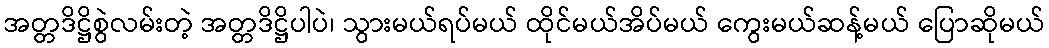
အတ္တဒိဋ္ဌိစွဲလမ်းတဲ့ အတ္တဒိဋ္ဌိပါပဲ၊ သွားမယ်ရပ်မယ် ထိုင်မယ်အိပ်မယ် ကွေးမယ်ဆန့်မယ် ပြောဆိုမယ်